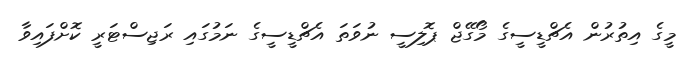
މީގެ އިތުރުން އެޗްޑީސީގެ މޯގޭޖް ޕޮލިސީ ނުވަތަ އެޗްޑީސީގެ ނަމުގައި ރަޖިސްޓަރީ ކޮށްފައިވާ